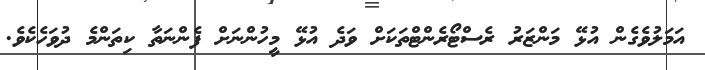
އަމަލުވެގެން އުޅޭ މަންޒަރު ރެސްޓޯރެންޓްތަކަށް ވަދެ އުޅޭ މީހުންނަށް ފެންނަތާ ކިތަންމެ ދުވަހެކެވެ.